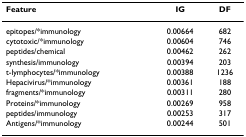
<table><thead><tr><td><b>Feature</b></td><td><b>IG</b></td><td><b>DF</b></td></tr></thead><tbody><tr><td>epitopes/*immunology</td><td>0.00664</td><td>682</td></tr><tr><td>cytotoxic/*immunology</td><td>0.00604</td><td>746</td></tr><tr><td>peptides/chemical</td><td>0.00462</td><td>262</td></tr><tr><td>synthesis/immunology</td><td>0.00394</td><td>203</td></tr><tr><td>t-lymphocytes/*immunology</td><td>0.00388</td><td>1236</td></tr><tr><td>Hepacivirus/*immunology</td><td>0.00361</td><td>188</td></tr><tr><td>fragments/*immunology</td><td>0.00311</td><td>280</td></tr><tr><td>Proteins/*immunology</td><td>0.00269</td><td>958</td></tr><tr><td>peptides/immunology</td><td>0.00253</td><td>317</td></tr><tr><td>Antigens/*immunology</td><td>0.00244</td><td>501</td></tr></tbody></table>